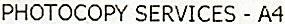
PHOTOCOPY SERVICES - A4